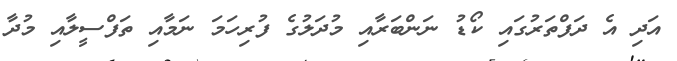
އަދި އެ ދަފްތަރުގައި ކޯޑު ނަންބަރާއި މުދަލުގެ ފުރިހަމަ ނަމާއި ތަފްސީލާއި މުދާ